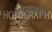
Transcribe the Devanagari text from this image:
चेहेर्‍यावरील